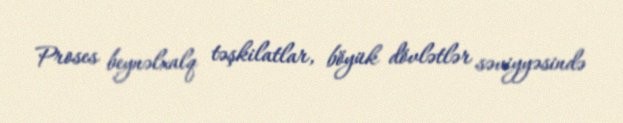
Proses beynəlxalq təşkilatlar, böyük dövlətlər səviyyəsində